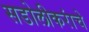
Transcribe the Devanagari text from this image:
सडोलीकरांचे